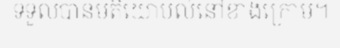
ទទួលបានមតិយោបល់នៅខាងក្រោម។